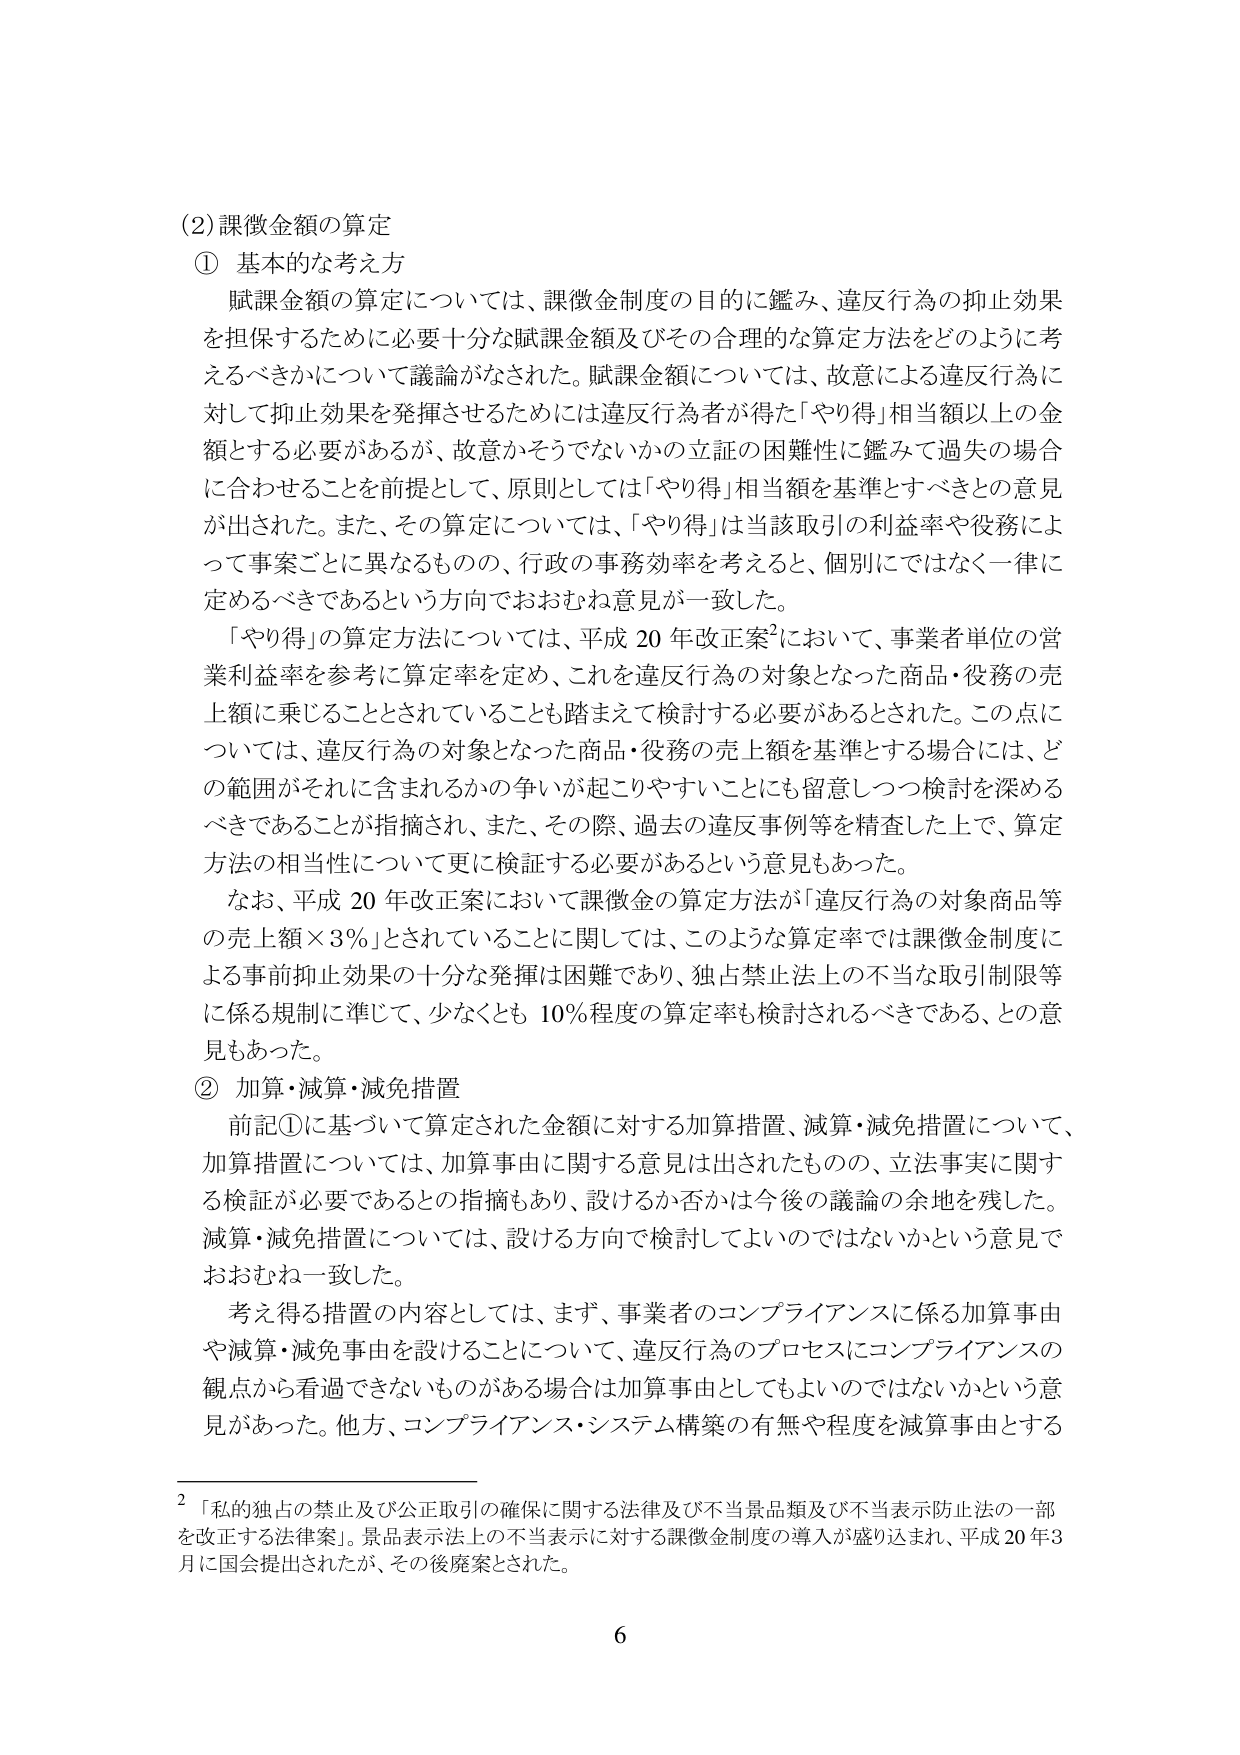
(2) 課徴金額の算定
① 基本的な考え方
　賦課金額の算定については、課徴金制度の目的に鑑み、違反行為の抑止効果を担保するために必要十分な賦課金額及びその合理的な算定方法をどのように考えるべきかについて議論がなされた。賦課金額については、故意による違反行為に対して抑止効果を発揮させるためには違反行為者が得た「やり得」相当額以上の金額とする必要があるが、故意かそうでないかの立証の困難性に鑑みて過失の場合に合わせることを前提として、原則としては「やり得」相当額を基準とすべきとの意見が出された。また、その算定については、「やり得」は当該取引の利益率や役務によって事案ごとに異なるものの、行政の事務効率を考えると、個別にではなく一律に定めるべきであるという方向でおおむね意見が一致した。
　「やり得」の算定方法については、平成20年改正案²において、事業者単位の営業利益率を参考に算定率を定め、これを違反行為の対象となった商品・役務の売上額に乗じることとされていることも踏まえて検討する必要があるとされた。この点については、違反行為の対象となった商品・役務の売上額を基準とする場合には、どの範囲がそれに含まれるかの争いが起こりやすいことにも留意しつつ検討を深めるべきであることが指摘され、また、その際、過去の違反事例等を精査した上で、算定方法の相当性について更に検証する必要があるという意見もあった。
　なお、平成20年改正案において課徴金の算定方法が「違反行為の対象商品等の売上額×3％」とされていることに関しては、このような算定率では課徴金制度による事前抑止効果の十分な発揮は困難であり、独占禁止法上の不当な取引制限等に係る規制に準じて、少なくとも10％程度の算定率も検討されるべきである、との意見もあった。
② 加算・減算・減免措置
　前記①に基づいて算定された金額に対する加算措置、減算・減免措置について、加算措置については、加算事由に関する意見は出されたものの、立法事実に関する検証が必要であるとの指摘もあり、設けるか否かは今後の議論の余地を残した。減算・減免措置については、設ける方向で検討してよいのではないかという意見でおおむね一致した。
　考え得る措置の内容としては、まず、事業者のコンプライアンスに係る加算事由や減算・減免事由を設けることについて、違反行為のプロセスにコンプライアンスの観点から看過できないものがある場合は加算事由としてもよいのではないかという意見があった。他方、コンプライアンス・システム構築の有無や程度を減算事由とする

²「私的独占の禁止及び公正取引の確保に関する法律及び不当景品類及び不当表示防止法の一部を改正する法律案」。景品表示法上の不当表示に対する課徴金制度の導入が盛り込まれ、平成20年3月に国会提出されたが、その後廃案とされた。

6